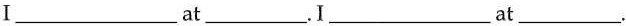
Ⅰ___at___.Ⅰ___at___.